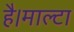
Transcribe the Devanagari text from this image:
है।माल्टा